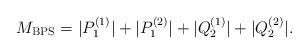
LaTeX: \begin{align*}M_{\rm BPS}=|P^{(1)}_1|+|P^{(2)}_1|+|Q^{(1)}_2|+|Q^{(2)}_2|.\end{align*}